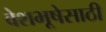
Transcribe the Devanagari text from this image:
वेशभूषेसाठी